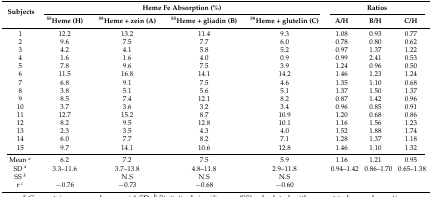
<table><thead><tr><td rowspan="2"><b>Subjects</b></td><td colspan="4"><b>Heme Fe Absorption (%)</b></td><td colspan="3"><b>Ratios</b></td></tr><tr><td><b><sup>55</sup>Heme (H)</b></td><td><b><sup>59</sup>Heme + zein (A)</b></td><td><b><sup>55</sup>Heme + gliadin (B)</b></td><td><b><sup>59</sup>Heme + glutelin (C)</b></td><td><b>A/H</b></td><td><b>B/H</b></td><td><b>C/H</b></td></tr></thead><tbody><tr><td>1</td><td>12.2</td><td>13.2</td><td>11.4</td><td>9.3</td><td>1.08</td><td>0.93</td><td>0.77</td></tr><tr><td>2</td><td>9.6</td><td>7.5</td><td>7.7</td><td>6.0</td><td>0.78</td><td>0.80</td><td>0.62</td></tr><tr><td>3</td><td>4.2</td><td>4.1</td><td>5.8</td><td>5.2</td><td>0.97</td><td>1.37</td><td>1.22</td></tr><tr><td>4</td><td>1.6</td><td>1.6</td><td>4.0</td><td>0.9</td><td>0.99</td><td>2.41</td><td>0.53</td></tr><tr><td>5</td><td>7.8</td><td>9.6</td><td>7.5</td><td>3.9</td><td>1.24</td><td>0.96</td><td>0.50</td></tr><tr><td>6</td><td>11.5</td><td>16.8</td><td>14.1</td><td>14.2</td><td>1.46</td><td>1.23</td><td>1.24</td></tr><tr><td>7</td><td>6.8</td><td>9.1</td><td>7.5</td><td>4.6</td><td>1.35</td><td>1.10</td><td>0.68</td></tr><tr><td>8</td><td>3.8</td><td>5.1</td><td>5.6</td><td>5.1</td><td>1.37</td><td>1.50</td><td>1.37</td></tr><tr><td>9</td><td>8.5</td><td>7.4</td><td>12.1</td><td>8.2</td><td>0.87</td><td>1.42</td><td>0.96</td></tr><tr><td>10</td><td>3.7</td><td>3.6</td><td>3.2</td><td>3.4</td><td>0.96</td><td>0.85</td><td>0.91</td></tr><tr><td>11</td><td>12.7</td><td>15.2</td><td>8.7</td><td>10.9</td><td>1.20</td><td>0.68</td><td>0.86</td></tr><tr><td>12</td><td>8.2</td><td>9.5</td><td>12.8</td><td>10.1</td><td>1.16</td><td>1.56</td><td>1.23</td></tr><tr><td>13</td><td>2.3</td><td>3.5</td><td>4.3</td><td>4.0</td><td>1.52</td><td>1.88</td><td>1.74</td></tr><tr><td>14</td><td>6.0</td><td>7.7</td><td>8.2</td><td>7.1</td><td>1.28</td><td>1.37</td><td>1.18</td></tr><tr><td>15</td><td>9.7</td><td>14.1</td><td>10.6</td><td>12.8</td><td>1.46</td><td>1.10</td><td>1.32</td></tr><tr><td>Mean <i><sup>a</sup></i></td><td>6.2</td><td>7.2</td><td>7.5</td><td>5.9</td><td>1.16</td><td>1.21</td><td>0.95</td></tr><tr><td>SD <i><sup>a</sup></i></td><td>3.3–11.6</td><td>3.7–13.8</td><td>4.8–11.8</td><td>2.9–11.8</td><td>0.94–1.42</td><td>0.86–1.70</td><td>0.65–1.38</td></tr><tr><td>SS <i><sup>b</sup></i></td><td></td><td>N.S</td><td>N.S</td><td>N.S</td><td></td><td></td><td></td></tr><tr><td>r <i><sup>c</sup></i></td><td>−0.76</td><td>−0.73</td><td>−0.68</td><td>−0.60</td><td></td><td></td><td></td></tr></tbody></table>